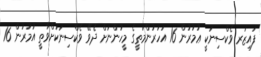
ފައިޒަރ ވެކްސިނަކީ ޢުމުރުން 16 އަހަރުންމަތީގެ މީހުންނަށް ދެވޭ ވެކްސިނަކަށްވާތީ އުމުރުން 16